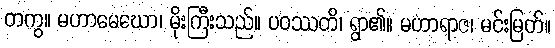
တကွ။ မဟာမေဃော၊ မိုးကြီးသည်။ ပဝဿတိ၊ ရွာ၏။ မဟာရာဇ၊ မင်းမြတ်။